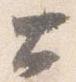
大